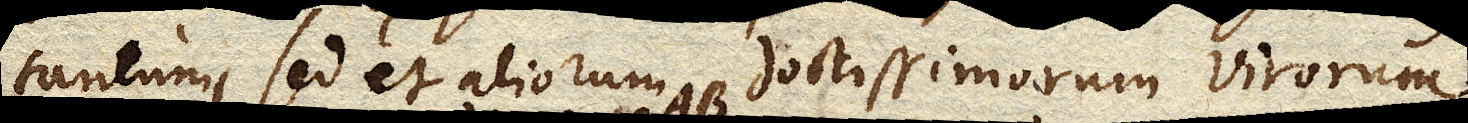
non Francisci Lini tantum, sed et aliorum doctissimorum virorum